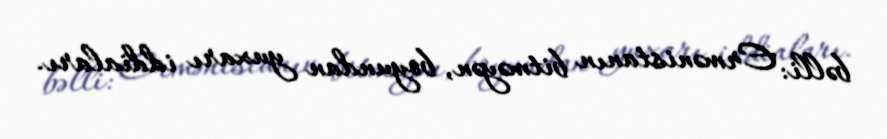
bəlli: Ermənistanın bitməyən, boyundan yuxarı iddiaları.